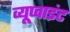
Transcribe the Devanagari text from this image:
व्यूप्वाइंट